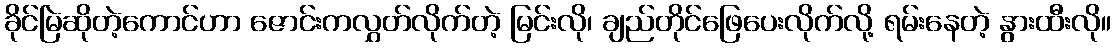
ခိုင်မြဲဆိုတဲ့ကောင်ဟာ ဇောင်းကလွှတ်လိုက်တဲ့ မြင်းလို၊ ချည်တိုင်ဖြေပေးလိုက်လို့ ရမ်းနေတဲ့ နွားထီးလို။